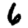
Digit: 6